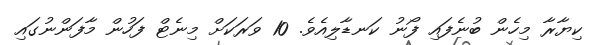
ކިޔާރާ މިހެން ބުނެފައި ފޯނު ކަނޑާލިއެވެ. 10 ވަރަކަށް މިނެޓް ފަހުން މާފަންނުގައި